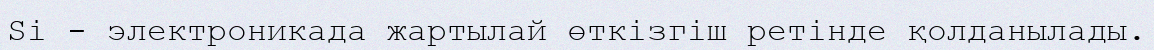
Si - электроникада жартылай өткізгіш ретінде қолданылады.